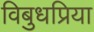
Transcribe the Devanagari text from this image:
विबुधप्रिया